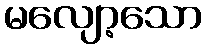
မလျော့သော